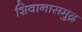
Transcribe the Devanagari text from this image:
शिवानासमुद्र